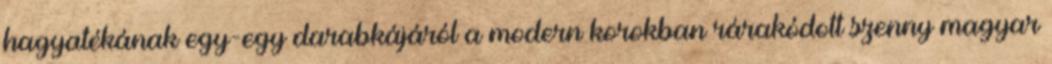
hagyatékának egy-egy darabkájáról a modern korokban rárakódott szenny magyar